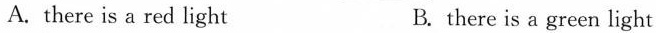
A.there is a red light B.there is a green light